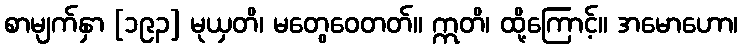
စာမျက်နှာ [၁၉၃] မုယှတိ၊ မတွေဝေတတ်။ ဣတိ၊ ထို့ကြောင့်။ အမောဟော၊